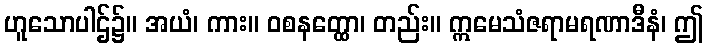
ဟူသောပါဌ်၌။ အယံ၊ ကား။ ဝစနတ္ထော၊ တည်း။ ဣမေသံဇရာမရဏာဒီနံ၊ ဤ